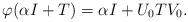
LaTeX: \begin{align*}\varphi(\alpha I+T)=\alpha I+U_0TV_0.\end{align*}